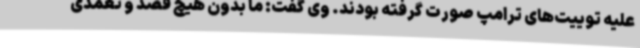
علیه توییت‌های ترامپ صورت گرفته بودند. وی گفت: ما بدون هیچ قصد و تعمدی